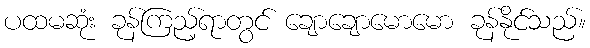
ပထမဆုံး ခုန်ကြည့်ရာတွင် ချောချောမောမော ခုန်နိုင်သည်။